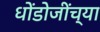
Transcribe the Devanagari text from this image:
धोंडोजींच्या